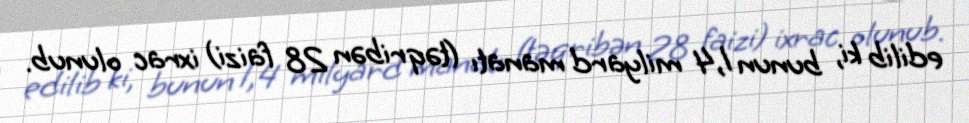
edilib ki, bunun 1,4 milyard manatı (təqribən 28 faizi) ixrac olunub.